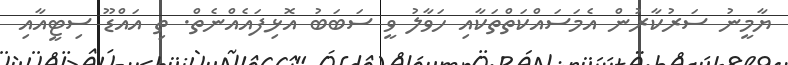
ޔާމީނު ސަރުކާރުން އެމަސައްކަތްތަކާއި ހަވާލު ވީ ސަބަބު އޮޅިފައެއްނެތް. ތި އައްޑޫ ސިޓީއާއި